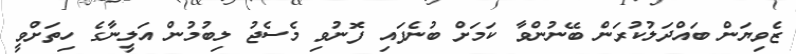
ޒެވިޔަން ބައްދަލުކުރަން ބޭނުންވާ ކަމަށް ބުނެފައި ފޮނުވި މެސެޖު ލިބުމުން އަލީނާގެ ހިތަށްވީ